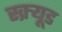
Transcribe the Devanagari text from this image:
स्क्र्यूड